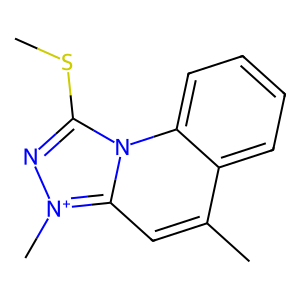
SMILES: CSc1n[n+](C)c2cc(C)c3ccccc3n12
Inhibits HIV replication: No